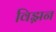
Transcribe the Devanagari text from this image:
विझ़न